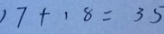
1 7 + 1 8 = 3 5